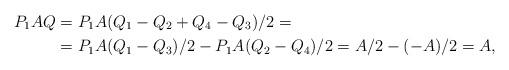
LaTeX: \begin{align*} P_1AQ &= P_1A(Q_1 -Q_2+Q_4 - Q_3)/2 =\\ &=P_1A(Q_1-Q_3)/2 - P_1A(Q_2-Q_4)/2 = A/2 - (-A)/2 = A,\end{align*}